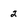
Character: 2